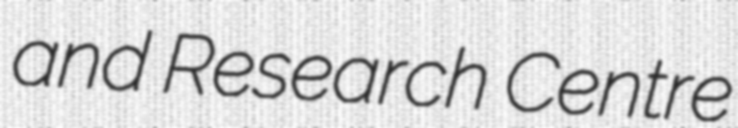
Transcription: and Research Centre